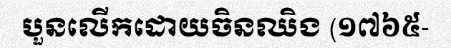
បួនលើកដោយចិនឈិង (១៧៦៥-